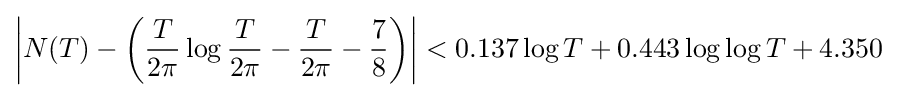
\left\vert {N(T)-\left({{\frac {T}{2\pi }}\log {\frac {T}{2\pi }}-{\frac {T}{2\pi }}}-{\frac {7}{8}}\right)}\right\vert <0.137\log T+0.443\log \log T+4.350\